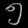
Digit: ၅